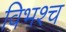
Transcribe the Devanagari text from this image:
विभश्च